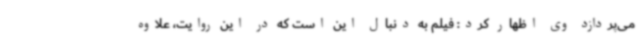
می‌پردازد وی اظهار کرد: فیلم به دنبال این است که در این روایت، علاوه